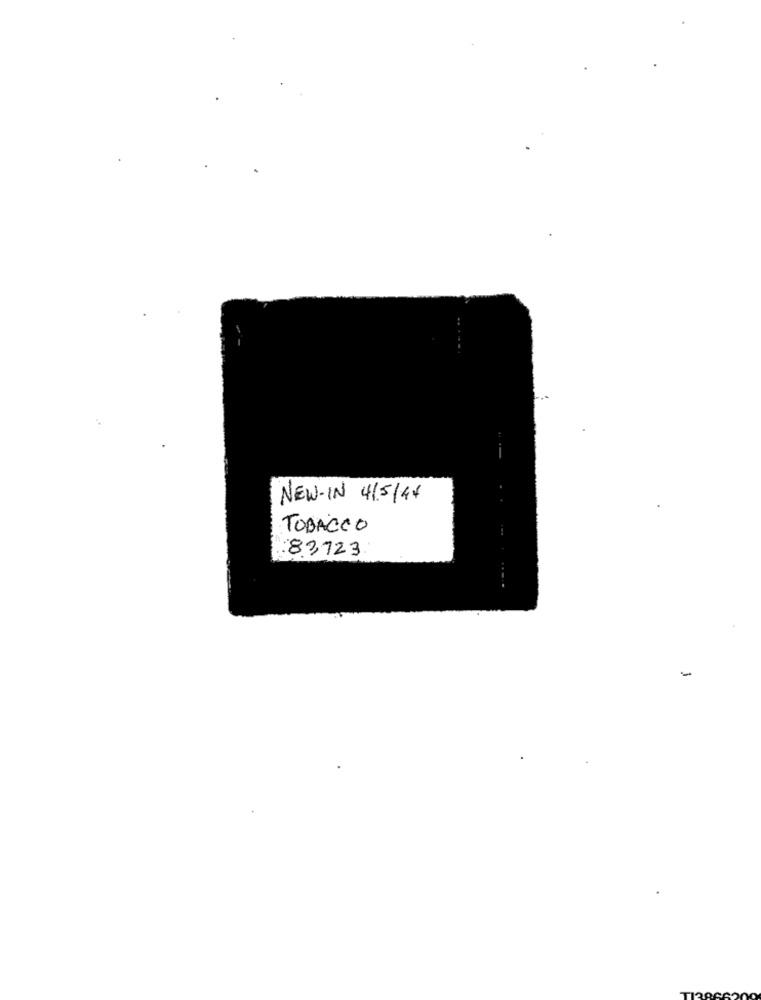
NEW-IN 4/5/44
TOBACCO
83723
-